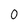
Character: 0